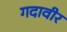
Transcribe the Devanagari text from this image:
गदावीर